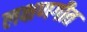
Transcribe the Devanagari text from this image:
लक्षणगीत